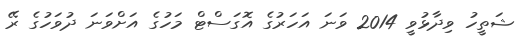
ޝަތީހު ވިދާޅުވީ 2014 ވަނަ އަހަރުގެ އޮގަސްޓް މަހުގެ އަށްވަނަ ދުވަހުގެ ރޭ